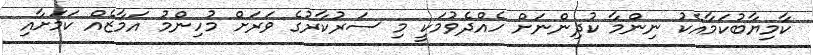
ކާމިޔާބުކަމާއެކު ނިންމާ ކުދިންނަށް ހެއްދެވުމަކީ މި ސަރުކާރުގެ ވަރަށް މުހިންމު އަމާޒެއް ކަމަށާއި